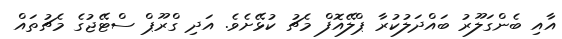
އާއި ބެންގަލޫރު ބައްދަލުކުރާ ޕްލޭއޮފް މެޗު ކުޅޭށެވެ. އަދި ގްރޫޕް ސްޓޭޖުގެ މެޗުތައް